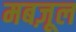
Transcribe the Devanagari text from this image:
मबज़ूल